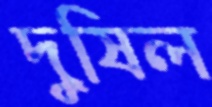
দুষিল